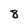
Character: 8